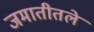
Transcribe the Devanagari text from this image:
जमातीतले